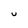
Character: U